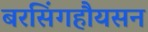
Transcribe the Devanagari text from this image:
बरसिंगहौयसन